Annual report of the Punjab Veterinary College and of the Civil Veterinary Department, Punjab - 1920-1925
Year: 1920
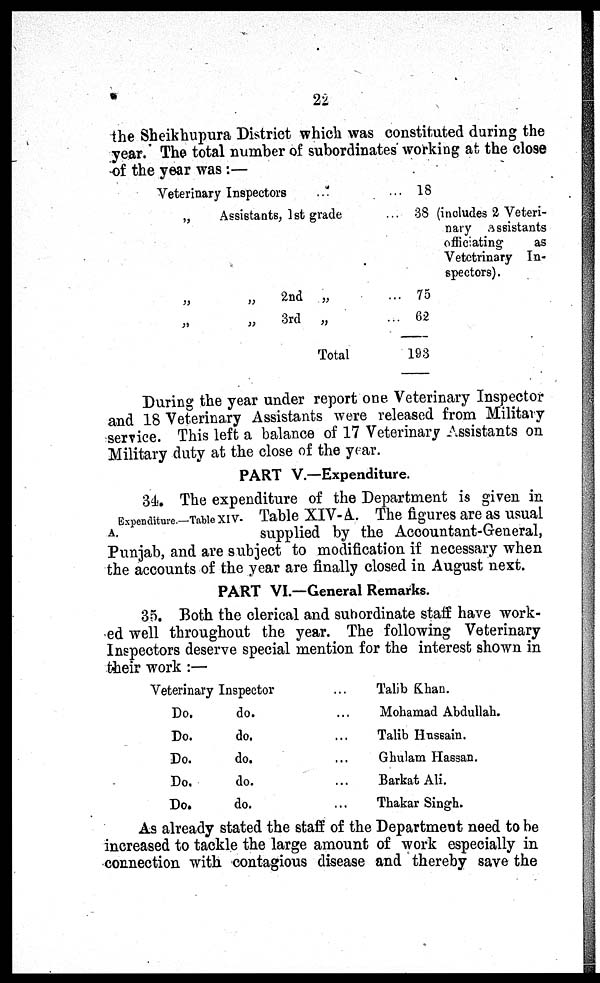
22
the Sheikhupura District which was constituted during the
year. The total number of subordinates working at the close
of the year was:—
Veterinary Inspectors ...
„
Assistants, 1st grade
„
„
2nd „
„
„
3rd
„
Total
... 18
... 38
... 75
... 62
193
(includes 2 Veteri-
nary assistants
officiating
as
Vetctrinary In-
spectors) .
During the year under report one Veterinary Inspector
and 18 Veterinary Assistants were released from Military
service. This left a balance of 17 Veterinary Assistants on
Military duty at the close of the year.
PART V.—Expenditure.
Expenditure.—Table XIV-
A.
34. The expenditure of the Department is given in
Table XIV-A. The figures are as usual
supplied by the Accountant-General,
Punjab, and are subject to modification if necessary when
the accounts of the year are finally closed in August next.
PART VI.—General Remarks.
35. Both the clerical and subordinate staff have work-
ed well throughout the year. The following Veterinary
Inspectors deserve special mention for the interest shown in
their work:—
Veterinary Inspector
Do.
Do.
Do.
Do.
Do.
do.
do.
do.
do.
do.
... Talib Khan.
... Mohamad Abdullah.
... Talib Hussain.
... Ghulam Hassan.
... Barkat Ali.
... Thakar Singh.
As already stated the staff of the Department need to be
increased to tackle the large amount of work especially in
connection with contagious disease and thereby save the